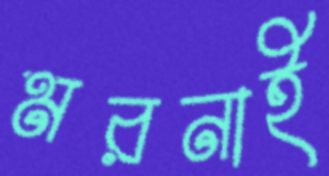
মরনাই